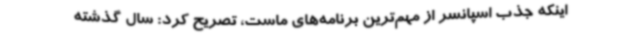
اینکه جذب اسپانسر از مهم‌ترین برنامه‌های ماست، تصریح کرد: سال گذشته